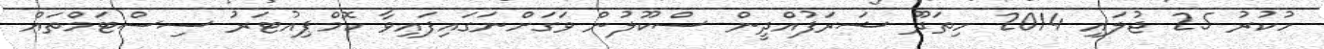
ހުކުރު 25 ޖުލައި 2014 ހިތަދޫ ޝަރަފުއްދީން ސްކޫލުން ވަގަށްނަގައިފައިވާ ކޮމްޕިއުޓަރު ސިސްޓަމްތައް